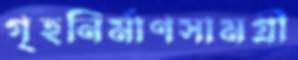
গৃহনির্মাণসামগ্রী